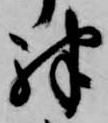
殊